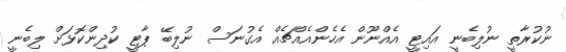
ނުކުރާތީ ނުލިބެނީ އައިޓީ އެއްނޫން އެހެންއެއްޗެއް އެގުނަސް ނުލިބޭ ޕާޓީ ކުދިންކޮޅަށް ލިބެނީ